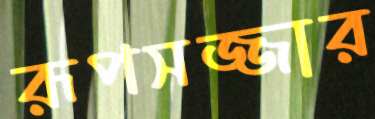
রূপসজ্জার